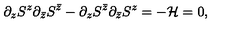
\partial _ { z } S ^ { z } \partial _ { \bar { z } } S ^ { \bar { z } } - \partial _ { z } S ^ { \bar { z } } \partial _ { \bar { z } } S ^ { z } = - { \cal H } = 0 ,